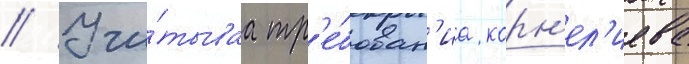
// Учи́тываа тр'е́бован'иа корн'ел'иева